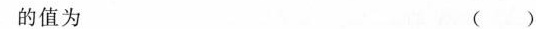
的值为 ( )